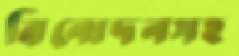
বিনোদনসহ